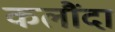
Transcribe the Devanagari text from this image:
कलौंदा